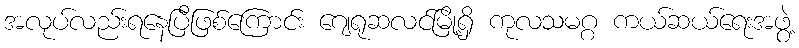
အလုပ်လည်းရနေပြီဖြစ်ကြောင်း ဂျေရုဆလင်မြို့ရှိ ကုလသမဂ္ဂ ကယ်ဆယ်ရေးအဖွဲ့